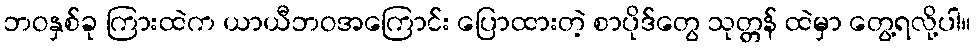
ဘဝနှစ်ခု ကြားထဲက ယာယီဘဝအကြောင်း ပြောထားတဲ့ စာပိုဒ်တွေ သုတ္တန် ထဲမှာ တွေ့ရလို့ပါ။